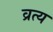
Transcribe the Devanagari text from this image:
व्रत्य